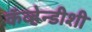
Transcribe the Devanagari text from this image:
कॅव्हेन्डीशी